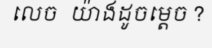
លេច  យ៉ាងដូចម្តេច ?